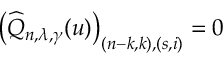
\left( \widehat { Q } _ { n , \lambda , \gamma } ( u ) \right) _ { ( n - k , k ) , ( s , i ) } = 0